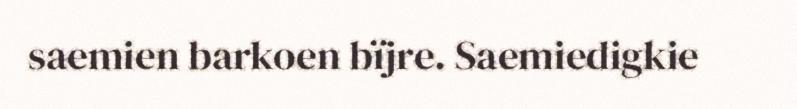
saemien barkoen bïjre. Saemiedigkie